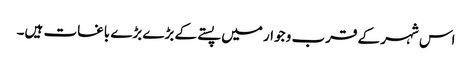
اس شہر کے قرب و جوار میں پستے کے بڑے بڑے باغات ہیں۔